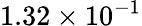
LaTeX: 1.32\times 10^{-1}